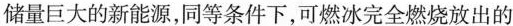
储量巨大的新能源，同等条件下，可燃冰完全燃烧放出的